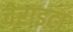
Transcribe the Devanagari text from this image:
चेराइटा